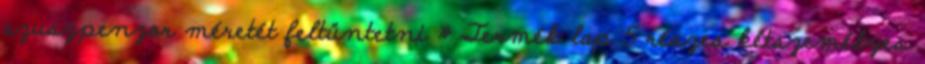
szuszpenzor méretét feltüntetni » Termék lap 5 részes kétszemélyes